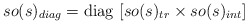
\begin{align*} so(s)_{diag}={\rm diag}~ [so(s)_{tr}\times so(s)_{int}]\end{align*}